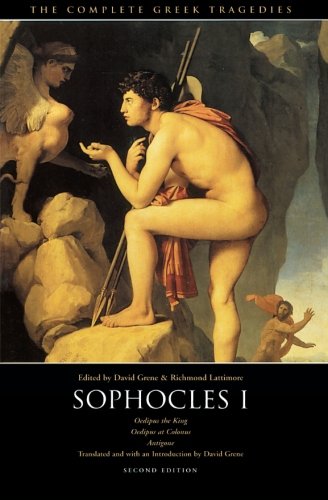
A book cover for The Complete Greek Tragedies: Sophocles I; Sophocles; Literature & Fiction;